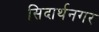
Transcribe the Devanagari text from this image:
सिदार्थनगर